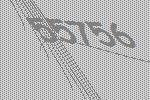
55756